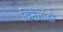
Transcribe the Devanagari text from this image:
विनैत्तांडी